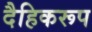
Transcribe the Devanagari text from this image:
दैहिकरूप